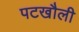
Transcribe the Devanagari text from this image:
पटखौली